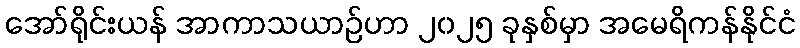
အော်ရိုင်းယန် အာကာသယာဉ်ဟာ ၂၀၂၅ ခုနှစ်မှာ အမေရိကန်နိုင်ငံ